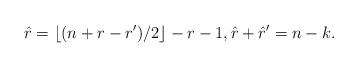
LaTeX: \begin{align*}\hat r=\lfloor(n+r-r')/2\rfloor-r-1,\hat r+\hat r'=n-k.\end{align*}